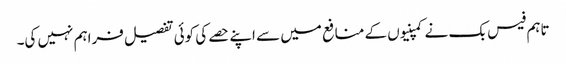
تاہم فیس بک نے کمپنیوں کے منافع میں سے اپنے حصے کی کوئی تفصیل فراہم نہیں کی۔